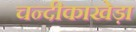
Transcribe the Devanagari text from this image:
चन्दीकाखेड़ा